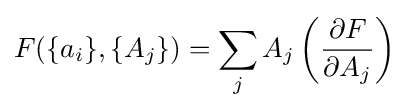
F(\{a_{i}\},\{A_{j}\})=\sum _{j}A_{j}\left({\frac {\partial F}{\partial A_{j}}}\right)